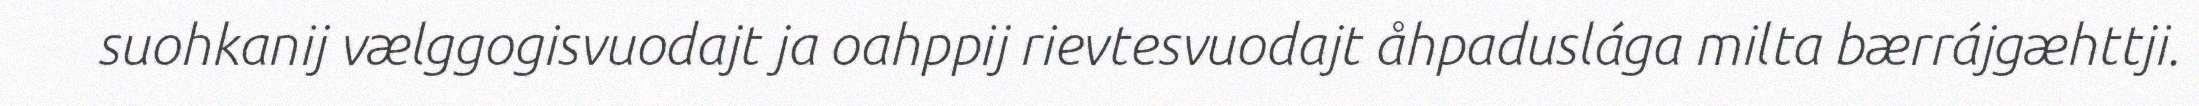
suohkanij vælggogisvuodajt ja oahppij rievtesvuodajt åhpaduslága milta bærrájgæhttji.